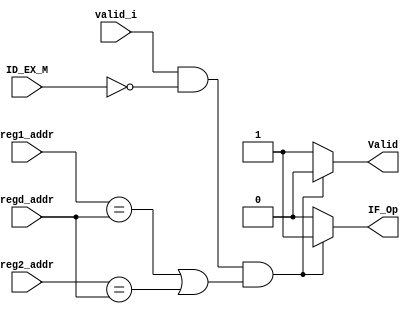
module Hazard_Detect(
	valid_i,
	ID_EX_M,
	reg1_addr,
	reg2_addr,
	regd_addr,
	IF_Op,
	Valid
);
input valid_i;
input [2:0]ID_EX_M;
input [4:0] reg1_addr,reg2_addr,regd_addr;
output IF_Op,Valid;

assign IF_Op = (valid_i==1'b1 && ID_EX_M == 3'b000 && (reg1_addr == regd_addr || reg2_addr == regd_addr) )?1:0;
assign Valid = (valid_i==1'b1 && ID_EX_M == 3'b000 && (reg1_addr == regd_addr || reg2_addr == regd_addr) )?0:1;
endmodule